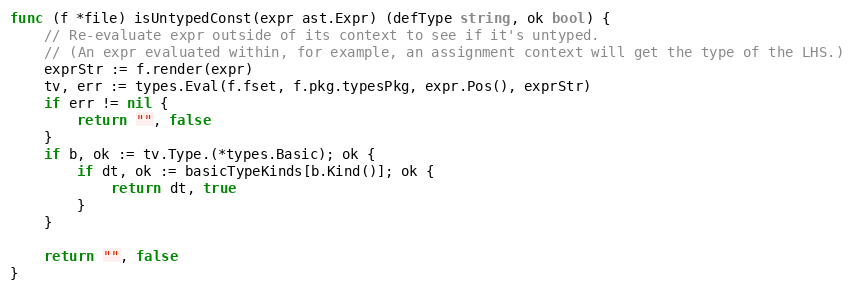
Language: Go
func (f *file) isUntypedConst(expr ast.Expr) (defType string, ok bool) {
	// Re-evaluate expr outside of its context to see if it's untyped.
	// (An expr evaluated within, for example, an assignment context will get the type of the LHS.)
	exprStr := f.render(expr)
	tv, err := types.Eval(f.fset, f.pkg.typesPkg, expr.Pos(), exprStr)
	if err != nil {
		return "", false
	}
	if b, ok := tv.Type.(*types.Basic); ok {
		if dt, ok := basicTypeKinds[b.Kind()]; ok {
			return dt, true
		}
	}

	return "", false
}